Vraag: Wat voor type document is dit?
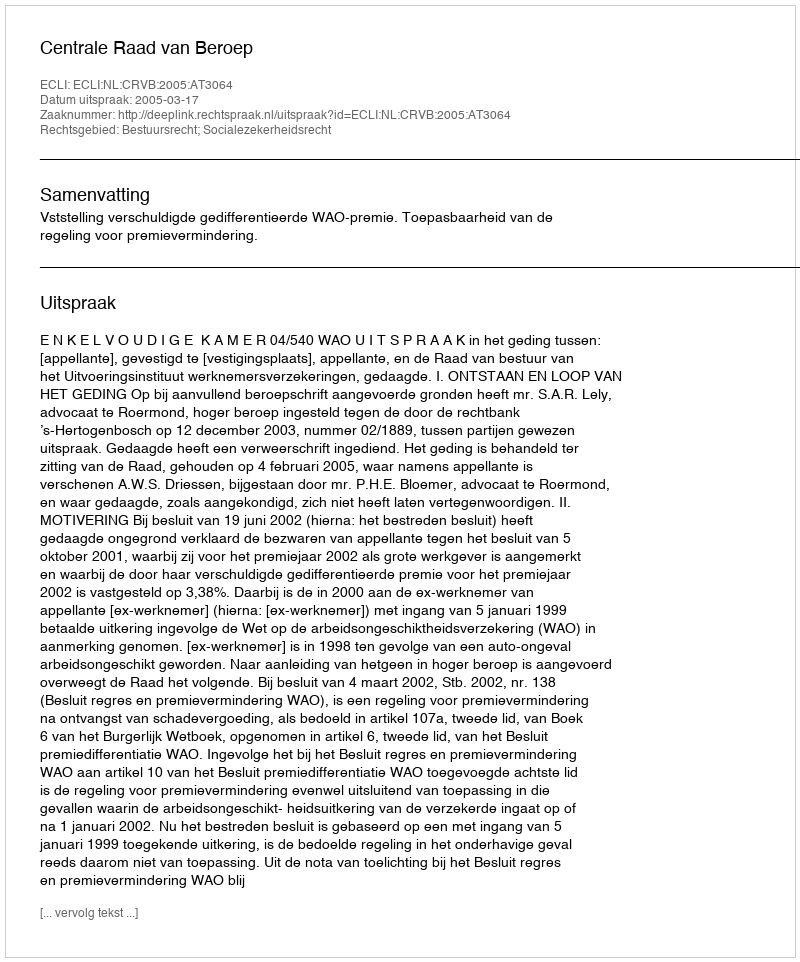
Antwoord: Uitspraak